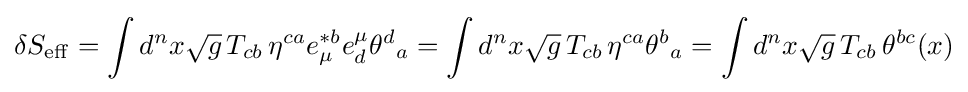
\delta S_{\rm {eff}}=\int d^{n}x{\sqrt {g}}\,T_{cb}\,\eta ^{ca}e_{\mu }^{*b}e_{d}^{\mu }{\theta ^{d}}_{a}=\int d^{n}x{\sqrt {g}}\,T_{cb}\,\eta ^{ca}{\theta ^{b}}_{a}=\int d^{n}x{\sqrt {g}}\,T_{cb}\,\theta ^{bc}(x)